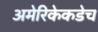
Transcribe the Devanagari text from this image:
अमेरिकेकडेच